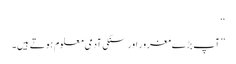
‘‘
’’ آپ بڑے مغرور اور سنکی آدمی معلوم ہوتے ہیں۔